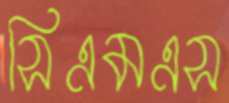
সিএমএস